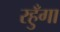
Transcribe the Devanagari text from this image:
रहुँगा